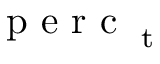
\textrm { p e r c } _ { \textrm { t } }